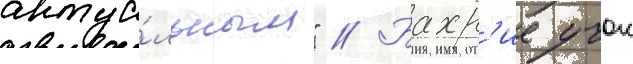
актуа́льным" // Бахр'ие учок